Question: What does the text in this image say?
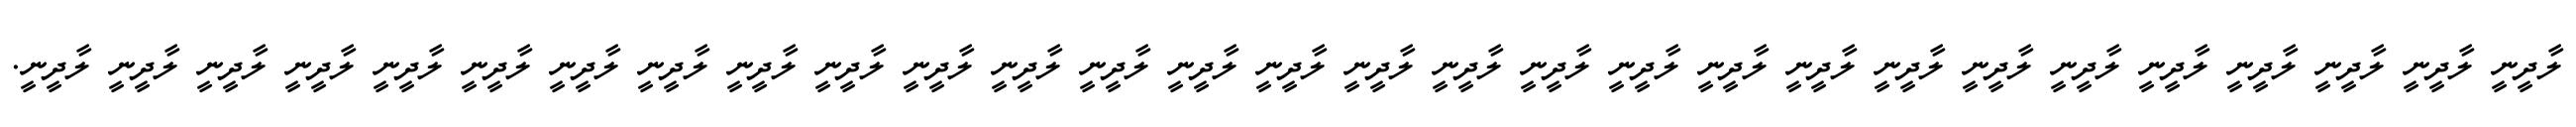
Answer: ލާދީނީ ލާދީނީ ލާދީނީ ލާދީނީ ލާދީނީ ލާދީނީ ލާދީނީ ލާދީނީ ލާދީނީ ލާދީނީ ލާދީނީ ލާދީނީ ލާދީނީ ލާދީނީ ލާދީނީ ލާދީނީ ލާދީނީ ލާދީނީ ލާދީނީ ލާދީނީ ލާދީނީ ލާދީނީ ލާދީނީ ލާދީނީ ލާދީނީ ލާދީނީ ލާދީނީ ލާދީނީ ލާދީނީ.